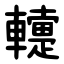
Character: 䡹